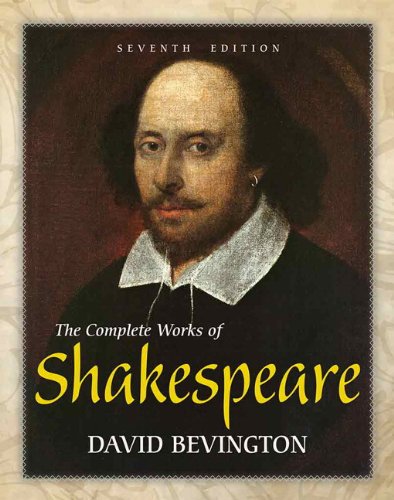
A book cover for The Complete Works of Shakespeare (7th Edition); David Bevington; Literature & Fiction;